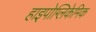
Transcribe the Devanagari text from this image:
हाइपोग्लिकेमिक